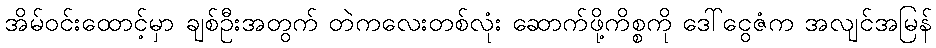
အိမ်ဝင်းထောင့်မှာ ချစ်ဦးအတွက် တဲကလေးတစ်လုံး ဆောက်ဖို့ကိစ္စကို ဒေါ်ငွေဇံက အလျင်အမြန်